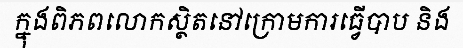
ក្នុងពិភពលោកស្ថិតនៅក្រោមការធ្វើបាប និង